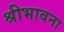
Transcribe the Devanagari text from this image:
श्रीभावना